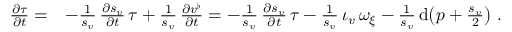
\begin{array} { r l } { \frac { \partial \tau } { \partial t } = } & { - \frac { 1 } { s _ { v } } \, \frac { \partial s _ { v } } { \partial t } \, \tau + \frac { 1 } { s _ { v } } \, \frac { \partial v ^ { \flat } } { \partial t } = - \frac { 1 } { s _ { v } } \, \frac { \partial s _ { v } } { \partial t } \, \tau - \frac { 1 } { s _ { v } } \, \iota _ { v } \, \omega _ { \xi } - \frac { 1 } { s _ { v } } \, \mathrm { d } \big ( p + \frac { s _ { v } } { 2 } \big ) \ . } \end{array}